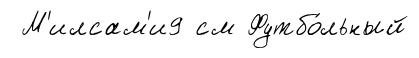
М'илсам'и9 см Футбо́льный